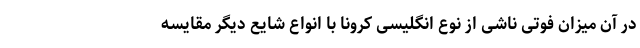
در آن میزان فوتی ناشی از نوع انگلیسی کرونا با انواع شایع دیگر مقایسه